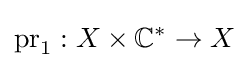
\operatorname {pr} _{1}:X\times \mathbb {C} ^{*}\to X